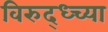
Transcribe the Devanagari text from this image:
विरुद्ध्च्या